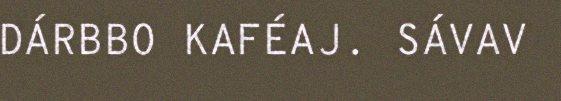
DÁRBBO KAFÉAJ. SÁVAV